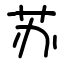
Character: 苏